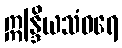
ဣန္ဒြိယသံဝရေ